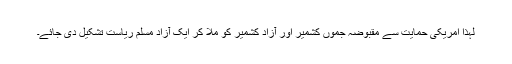
لہٰذا امریکی حمایت سے مقبوضہ جموں کشمیر اور آزاد کشمیر کو ملا کر ایک آزاد مسلم ریاست تشکیل دی جائے۔